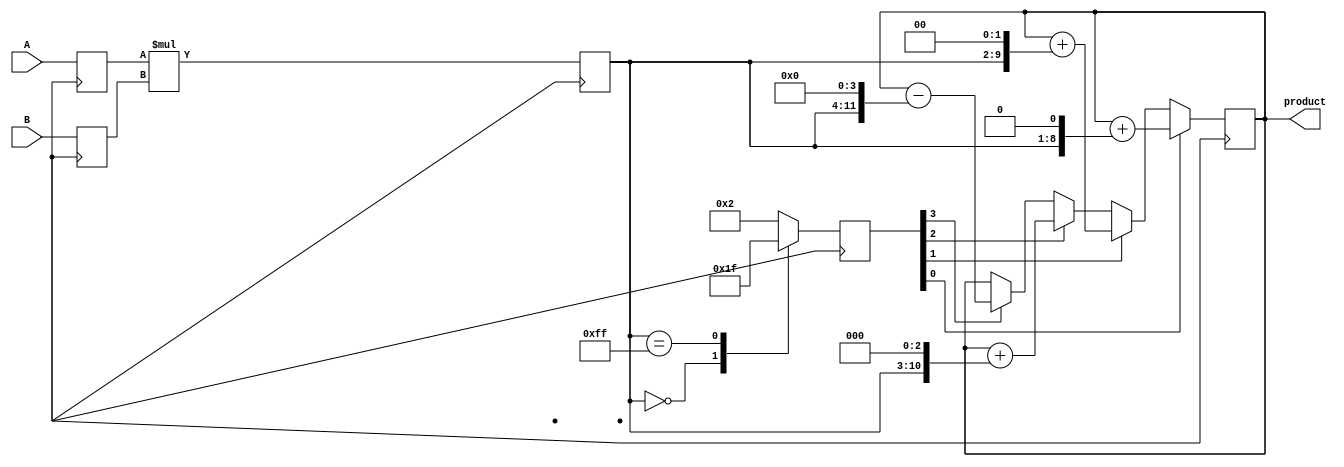
module booth_multiplier(
    input [7:0] A,
    input [7:0] B,
    output reg [15:0] product
);

reg [7:0] A_reg;
reg [7:0] B_reg;
reg [3:0] partial_product;
reg [7:0] multiplier_output;

always @ (posedge clk) begin
    A_reg <= A;
    B_reg <= B;
    
    multiplier_output <= A_reg * B_reg;
    
    case(multiplier_output)
        8'b00000000: partial_product <= 4'b0001; // Compute A - B
        8'b11111111: partial_product <= 4'b1111; // Compute A + B
        default: partial_product <= 4'b0010; // Compute A
    endcase
    
    // Accumulate the partial products
    if(partial_product[0] == 1) begin
        product <= product + (multiplier_output << 1);
    end else if(partial_product[1] == 1) begin
        product <= product + (multiplier_output << 2);
    end else if(partial_product[2] == 1) begin
        product <= product + (multiplier_output << 3);
    end else if(partial_product[3] == 1) begin
        product <= product - (multiplier_output << 4);
    end
end

endmodule